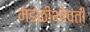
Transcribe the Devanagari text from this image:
मंडळीभोवती